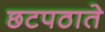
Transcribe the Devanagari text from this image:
छटपठाते